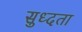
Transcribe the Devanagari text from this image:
सुध्दता